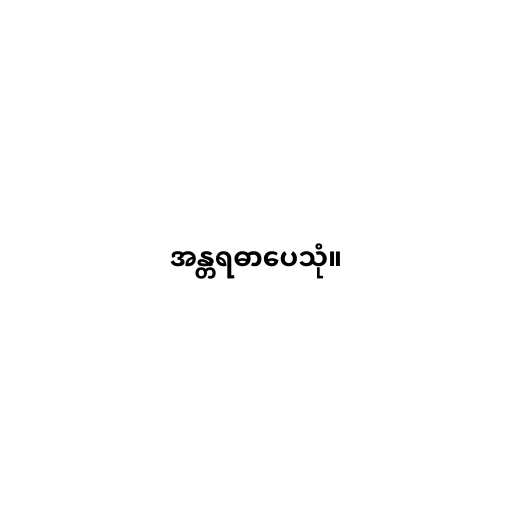
အန္တရဓာပေသုံ။